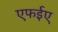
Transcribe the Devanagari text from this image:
एफईए